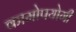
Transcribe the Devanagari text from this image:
कामोपयोगी